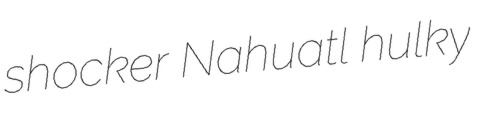
shocker Nahuatl hulky